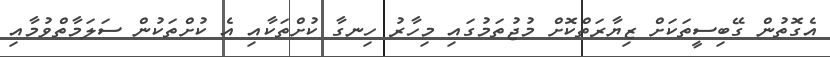
އެގޮތުން ގޭބިސީތަކަށް ޒިޔާރަތްކޮށް މުޖުތަމުގައި މިހާރު ހިނގާ ކުށްތަކާއި އެ ކުށްތަކުން ސަލަމާތްވުމާއި